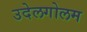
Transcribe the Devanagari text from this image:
उदेलगोलम